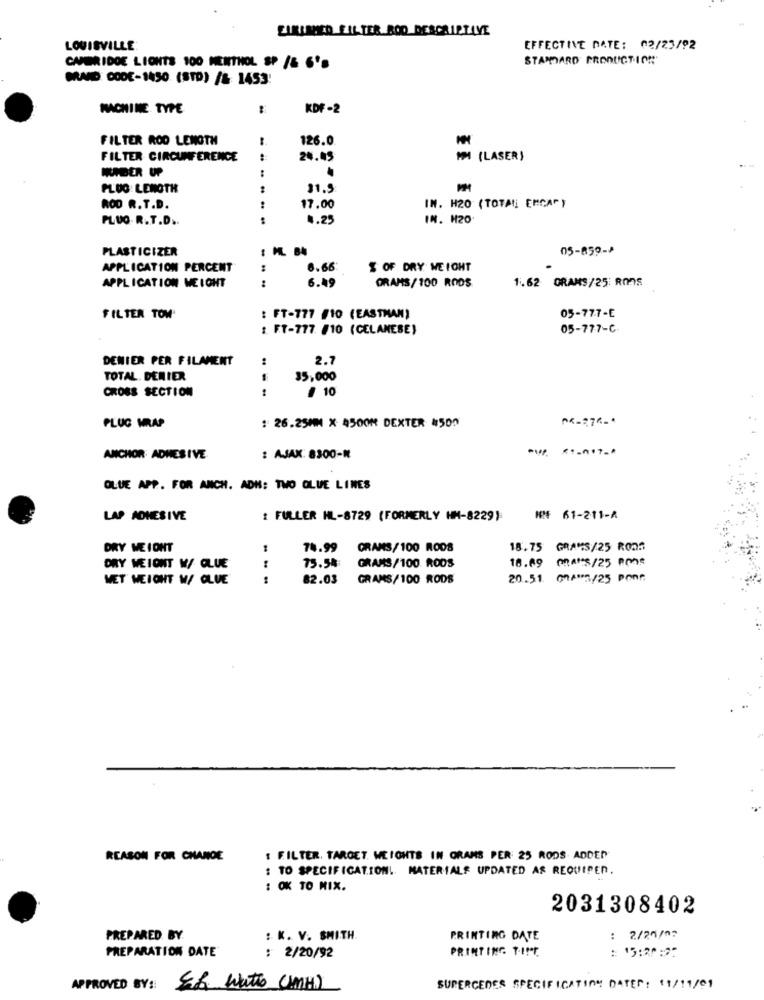
ZARURICO FILTER BOD DESCRIPTIVE
LOUISVILLE:
EFFECTIVE DATE: 02/23/92
STANDARD PRODUCTION
CAMBRIDGE LIONTS 100 MENTHOL SP /& 6'·
MRAND CODE-1450 (STD) /& 1453:
MACHINE TYPE
-
KDF-2
FILTER ROD LENGTH
126.0
FILTER CIRCUMFERENCE
24.45
PP (LASER)
MURDER UP
FLUG: LENGTH
31.5
ROD R.T.D.
17.00
IN. H20 (TOTAL ENCAR)
PLUG. R.T.D ..
...
1.25
IN. H20
PLASTICIZER
05-859->
APPLICATION PERCENT
6.66
$ OF DRY WEICHT
6.49
ORAMS/100 RODS
1.62 GRAMS/25: RONS
APPLICATION WEIGHT
...
FILTER TOM'
: FT-777 #10 (EASTMAN)
05-777-E
: FT-777 /10 (CELANESE)
05-777-C
DENIER PER FILAMENT
..
2.7
TOTAL. DENIER
35,000
CROSS SECTION
--
/ 10
04-276-4
PLUG WRAP
: 26.25MM X 4500M DEXTER #500
ANCHOR: ADHESIVE
: AJAX: 8300-M
OLUE APP. FOR ANCH. ADH: TWO OLUE LINES
LAP ADHESIVE
: FULLER HL-8729 (FORMERLY HM-8229):
N 61-211-A
DRY WE IONT
74.99
GRANS/100 RODS
18.75 GRAMS/25 ROOD
18.09 MARS/25 Pme
DRY WEICHT W/ GLUE
75.54
GRAMS/100 RODS
WET WEIGHT W/ GLUE
.... .
82.03
GRAMS/100 RODS
20.51. 00AM5/25 PORf
REASON FOR CHANGE
I FILTER. TARGET. WEIGHTS IN GRAMS PER 25 RODS ADDED
: TO SPECIFICATION !. MATERIALS UPDATED AS REQUIRED.
: OK TO MIX.
2031308402
PREPARED BY
: K. V. SMITH.
PRINTING DATE
: 2/20/07
PREPARATION DATE
PRINTING TIME
: 15:20 :25
: 2/20/92
APPROVED BY ::
ER Watto (MH)
SUPERCEDER SPECIFICATION DATER: 18/19/01